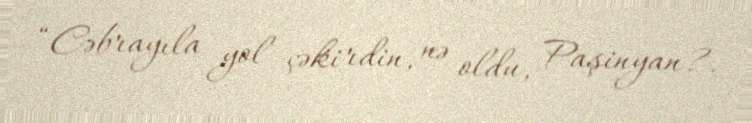
“Cəbrayıla yol çəkirdin, nə oldu, Paşinyan?.